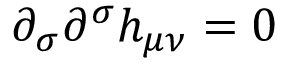
\partial _ { \sigma } \partial ^ { \sigma } h _ { \mu \nu } = 0